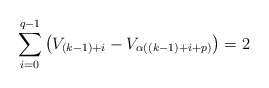
\begin{align*}\sum_{i=0}^{q-1} \left(V_{(k-1)+i}-V_{\alpha((k-1)+i+p)} \right) = 2\end{align*}